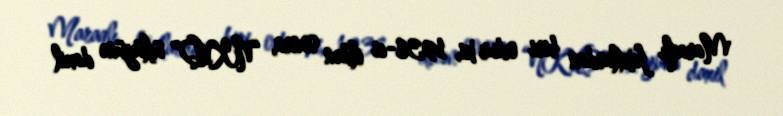
Maraqlı faktlardan biri odur ki, 1938-ci ildən sonra, “NKVD” üçlüyünə daxil